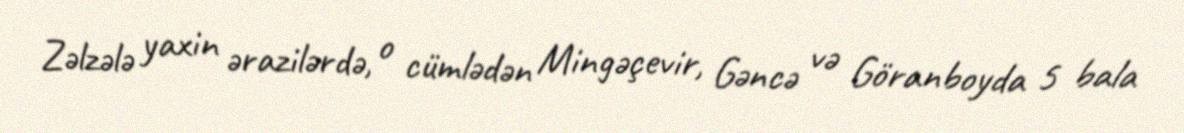
Zəlzələ yaxin ərazilərdə, o cümlədən Mingəçevir, Gəncə və Göranboyda 5 bala